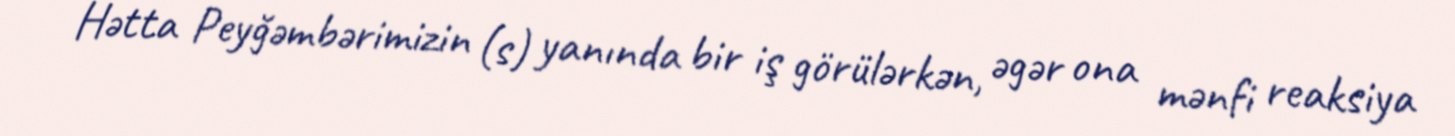
Hətta Peyğəmbərimizin (s) yanında bir iş görülərkən, əgər ona mənfi reaksiya